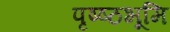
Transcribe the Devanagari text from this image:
पृष्ष्ठभूमि